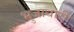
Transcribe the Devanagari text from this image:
भुजाधारी